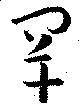
罕